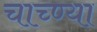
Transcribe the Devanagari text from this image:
चाच्ण्या